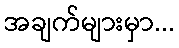
အချက်များမှာ...